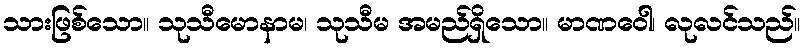
သားဖြစ်သော။ သုသီမောနာမ၊ သုသီမ အမည်ရှိသော။ မာဏဝေါ၊ လုလင်သည်။